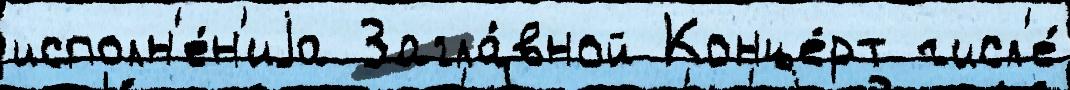
исполн'е́н'иjа Загла́вной Конце́рт числ'е́